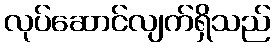
လုပ်ဆောင်လျက်ရှိသည်